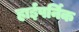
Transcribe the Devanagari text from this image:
हाईपर्निक